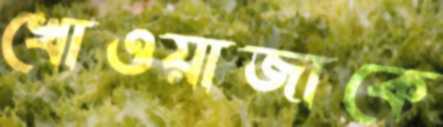
খোওয়াজাকে